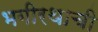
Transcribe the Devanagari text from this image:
भगीरथाची